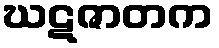
ဃဋဇာတက